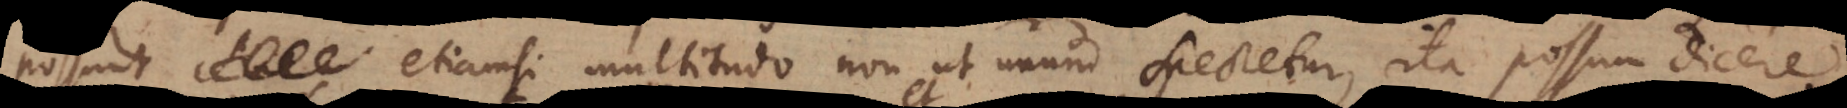
possunt etiamsi multitudo non ut unum spectetur, ita possum dicere